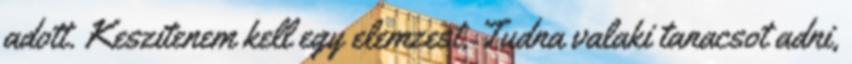
adott. Keszitenem kell egy elemzest, Tudna valaki tanacsot adni,